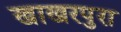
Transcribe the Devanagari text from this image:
खाखरपुरा